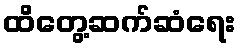
ထိတွေ့ဆက်ဆံရေး